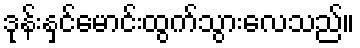
ဒုန်းနှင်မောင်းထွက်သွားလေသည်။